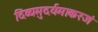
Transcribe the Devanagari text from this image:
दिव्यमुदर्यमाकरजं